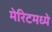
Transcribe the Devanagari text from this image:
मेरिटमध्ये